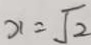
x = \sqrt { 2 }